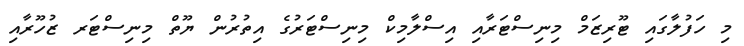
މި ހަފުލާގައި ޓޫރިޒަމް މިނިސްޓަރާއި އިސްލާމިކް މިނިސްޓަރުގެ އިތުރުން ޔޫތް މިނިސްޓަރ ޒުހޫރާއި